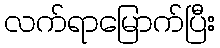
လက်ရာမြောက်ပြီး